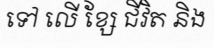
ទៅ លើ ខ្សែ ជីវិត និង